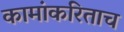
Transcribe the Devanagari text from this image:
कामांकरिताच